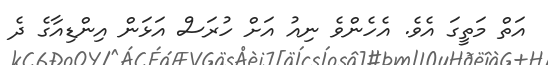
އަތް މަތީގަ އެވެ. އެހެންވެ ނިއު އަށް ހުރަސް އަޅަން އިންޑިއާގެ ދެ